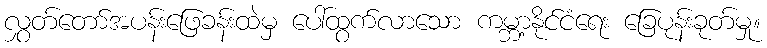
လွှတ်တော်အပန်းဖြေခန်းထဲမှ ပေါ်ထွက်လာသော ကမ္ဘာ့နိုင်ငံရေး ခြေပုန်းခုတ်မှု။